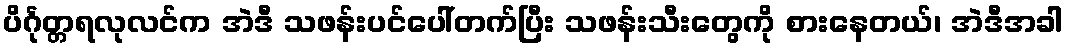
ပိင်္ဂုတ္တရလုလင်က အဲဒီ သဖန်းပင်ပေါ်တက်ပြီး သဖန်းသီးတွေကို စားနေတယ်၊ အဲဒီအခါ